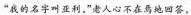
“我的名字叫亚利。”老人心不在焉地回答。